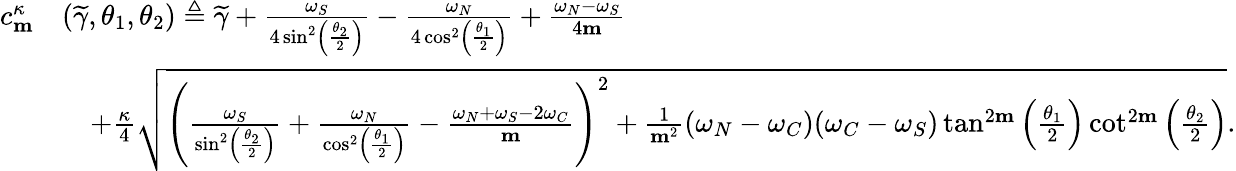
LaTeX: \begin{array}{rl}{c_{\mathbf{m}}^{\kappa}}&{(\widetilde{\gamma},\theta_{1},\theta_{2})\triangleq\widetilde{\gamma}+\frac{\omega_{S}}{4\sin^{2}\left(\frac{\theta_{2}}{2}\right)}-\frac{\omega_{N}}{4\cos^{2}\left(\frac{\theta_{1}}{2}\right)}+\frac{\omega_{N}-\omega_{S}}{4\mathbf{m}}}\\ &{\quad+\frac{\kappa}{4}\sqrt{\left(\frac{\omega_{S}}{\sin^{2}\left(\frac{\theta_{2}}{2}\right)}+\frac{\omega_{N}}{\cos^{2}\left(\frac{\theta_{1}}{2}\right)}-\frac{\omega_{N}+\omega_{S}-2\omega_{C}}{\mathbf{m}}\right)^{2}+\frac{1}{\mathbf{m}^{2}}(\omega_{N}-\omega_{C})(\omega_{C}-\omega_{S})\tan^{2\mathbf{m}}\left(\frac{\theta_{1}}{2}\right)\cot^{2\mathbf{m}}\left(\frac{\theta_{2}}{2}\right)}.}\end{array}